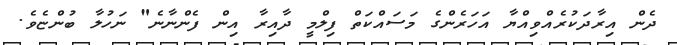
ދެން އިރާދަކުރެއްވިއްޔާ އަހަރެންގެ މަސައްކަތް ފިލްމީ ދާއިރާ އިން ފެންނާނެ" ނަހުލާ ބުންޏެވެ.